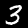
Label: 3